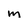
Character: m